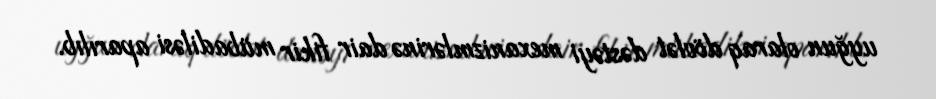
uyğun olaraq dövlət dəstəyi mexanizmlərinə dair fikir mübadiləsi aparılıb.